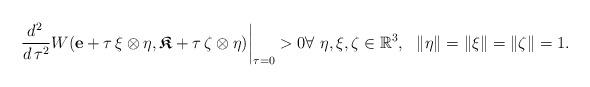
LaTeX: \begin{align*}\frac{d^2\, }{d\, \tau^2}W(\mathbf{e} + \tau \, \xi \otimes \eta, \boldsymbol{\mathfrak{K}} + \tau \, \zeta\otimes \eta)\bigg|_{\tau=0}>0 \forall\ \eta, \xi, \zeta \in \mathbb{R}^3, \ \ \lVert \eta\rVert=\lVert \xi\rVert=\lVert \zeta\rVert=1.\end{align*}